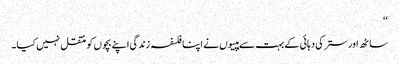
‘‘
ساٹھ اور ستر کی دہائی کے بہت سے ہپیوں نے اپنا فلسفہ زندگی اپنے بچوں کو منتقل نہیں کیا۔